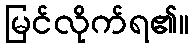
မြင်လိုက်ရ၏။